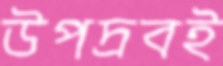
উপদ্রবই